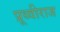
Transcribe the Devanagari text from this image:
प्रूथ्‍वीराज